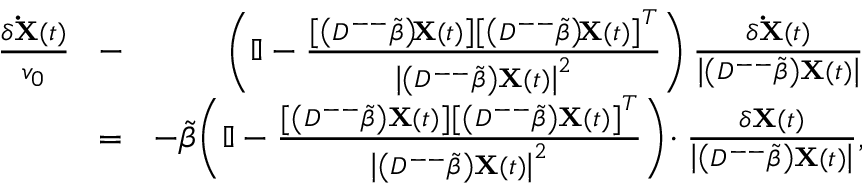
\begin{array} { r l r } { \frac { \delta \mathbf { \dot { X } } ( t ) } { v _ { 0 } } \! } & { - } & { \! \left( \mathbb { I } - \frac { \left[ \left( D ^ { -- } \tilde { \beta } \right) \! \mathbf { X } ( t ) \right] \left[ \left( D ^ { -- } \tilde { \beta } \right) \! \mathbf { X } ( t ) \right] ^ { T } } { \left| \left( D ^ { -- } \tilde { \beta } \right) \mathbf { X } ( t ) \right| ^ { 2 } } \right) \frac { \delta \mathbf { \dot { X } } ( t ) } { \left| \left( D ^ { -- } \tilde { \beta } \right) \mathbf { X } ( t ) \right| } } \\ { \! } & { = } & { \! - \tilde { \beta } \! \left( \mathbb { I } - \frac { \left[ \left( D ^ { -- } \tilde { \beta } \right) \mathbf { X } ( t ) \right] \left[ \left( D ^ { -- } \tilde { \beta } \right) \mathbf { X } ( t ) \right] ^ { T } } { \left| \left( D ^ { -- } \tilde { \beta } \right) \mathbf { X } ( t ) \right| ^ { 2 } } \right) \! \cdot \frac { \delta \mathbf { X } ( t ) } { \left| \left( D ^ { -- } \tilde { \beta } \right) \mathbf { X } ( t ) \right| } , } \end{array}